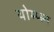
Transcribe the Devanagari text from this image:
थोम्प्स्न